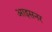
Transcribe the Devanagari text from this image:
आइसनर